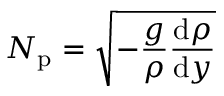
N _ { \mathrm { p } } = \sqrt { - \frac { g } { \rho } \frac { \mathrm { d } \rho } { \mathrm { d } y } }